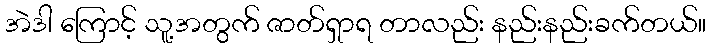
အဲဒါ ကြောင့် သူ့အတွက် ဇာတ်ရှာရ တာလည်း နည်းနည်းခက်တယ်။